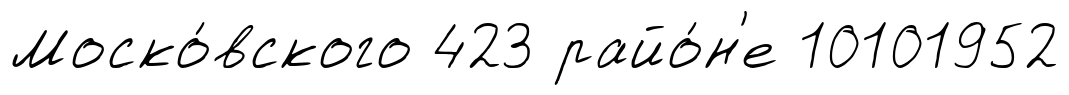
Моско́вского 423 райо́н'е 10101952